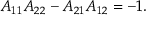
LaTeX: A _ { 1 1 } A _ { 2 2 } - A _ { 2 1 } A _ { 1 2 } = - 1 .